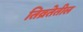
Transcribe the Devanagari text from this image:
तिव्रतेतील